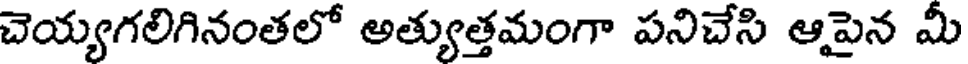
చెయ్యగలిగినంతలో అత్యుత్తమంగా పనిచేసి ఆపైన మీ